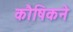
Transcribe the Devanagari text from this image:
कौषिकने